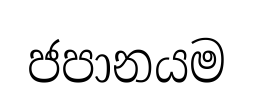
ජපානයම